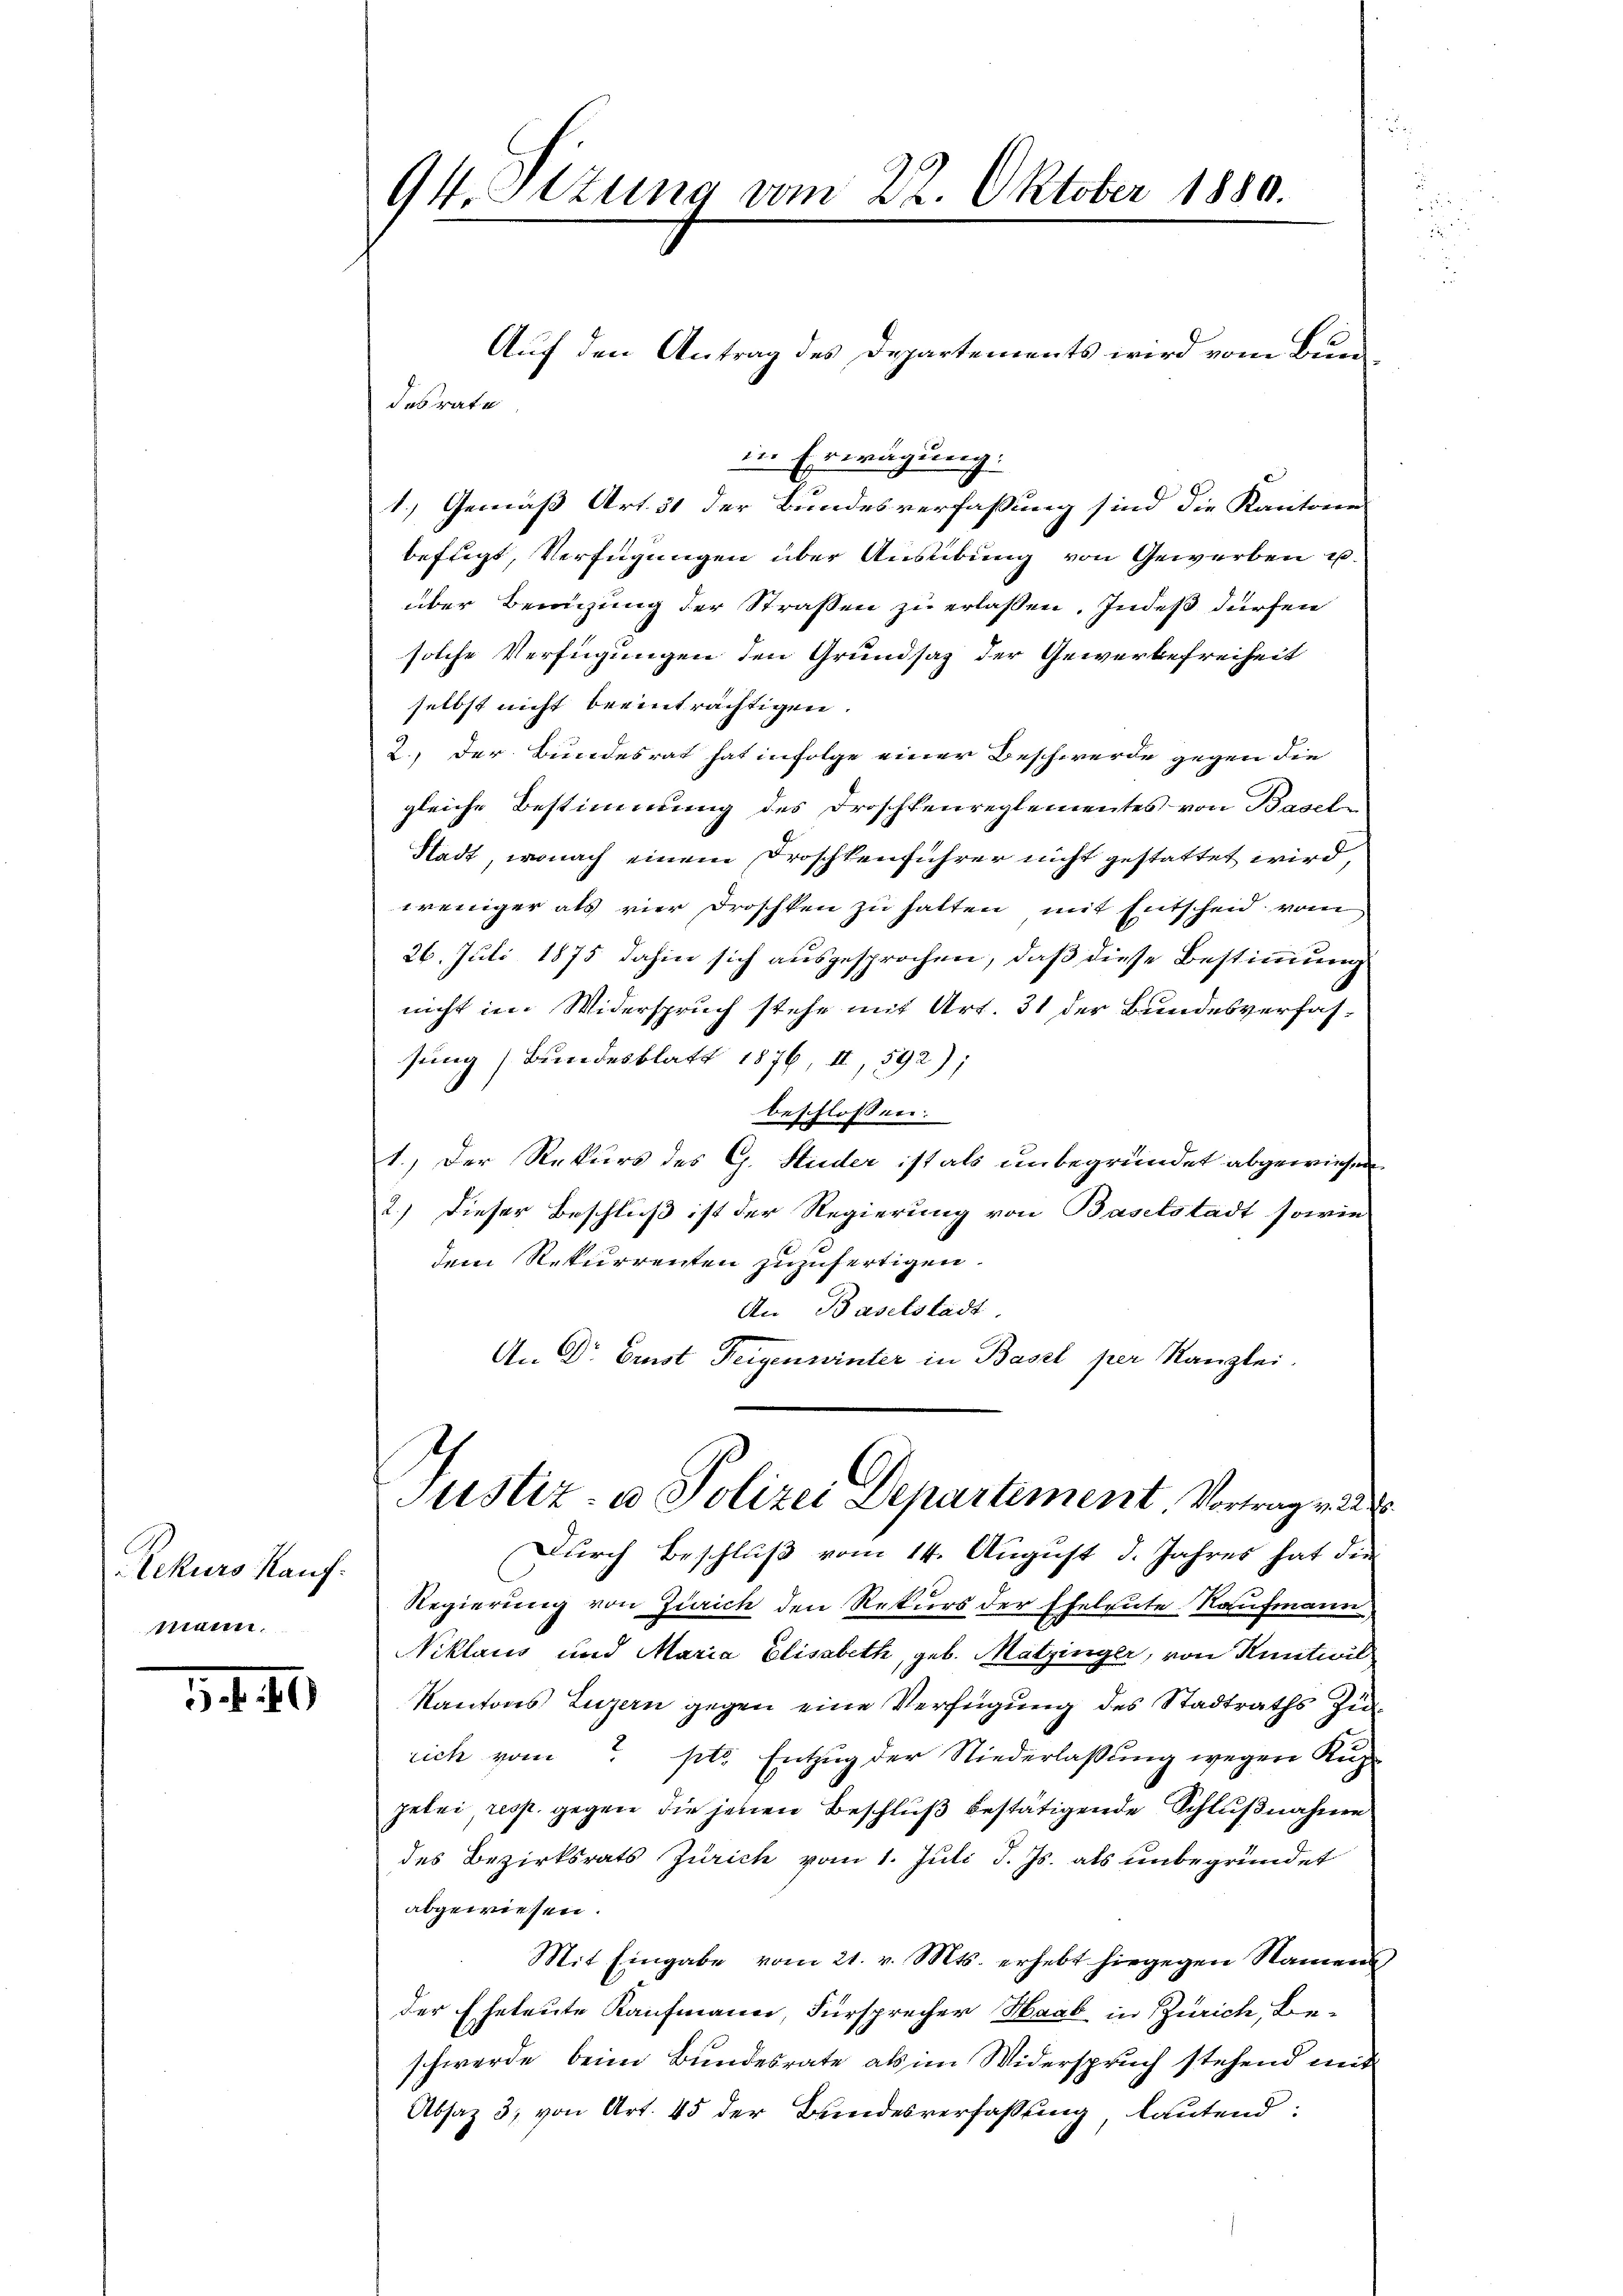
Rekurs Kauf.
nein.

94. Itzung vom 22. Oktober 1880.

desrate

Auf den Antrag des Departements wird vom Bun
in Erwägung.
1.) Gemäß Art. 51 der Bundesverfaßung sind die Kantone
beftigt, Verfügungen über Ausübung von Gewerben u.
über Benuzung der Straßen zu erlassen. Indeß dürfen
solche Verfügungen den Grundsaz der Gewerbefreiheit
selbst nicht beeinträchtigen.
2., der Bundesrat hat infolge einer Beschwerde gegen die
gleiche Bestimmung des Droschkenreglementes von Basel-
Stadt, wonach einem Droschkenführer nicht gestattet wird,
weniger als vier Droschten zu halten mit Entscheid vom
26. Juli 1875 dahin sich ausgesprochen, daß diese Bestimmung
nicht im Widerspruch stehe mit Art. 31 der Bundesverfassung (Bundesblatt 1876 II, 592);
beschlossen:
1.) Der Rekurs des G. Studer ist als unbegründet abgewiesen
2.) Dieser Beschluß ist der Regierung von Baselstadt sowie
dem Rekurrenten zuzufertigen.
An Baselstadt.
An Dr Ernst Teigenwinter in Basel per Kanzlei
.
Justiz- u. Polizei Departement Vortrag muss
Durch Beschluß vom 14. August d. Jahres hat die
Regierung von Zürich den Rekurs der Eheleute Kaufmann
Niklaus und Maria Elisabeth, geb. Matzinger, von Kuntwil
Kantons Luzern gegen eine Verfügung des Stadtraths Zurich vom ptr. Entzug der Niederlassung wegen Kup
gelei, resp. gegen die jenen Beschluß bestätigende Schlußnahme
des Bezirksrats Zürich vom 1. Juli d. Js. als unbegründet
abgewiesen.
Mit Eingabe vom 21. v. Mts. erhebt hiegegen Namens
der Eheleute Kaufmann, Fürsprecher Haab in Zürich, Beschwerde beim Bundesrate als im Widerspruch stehend mit
Absaz 3) von Art. 45 der Bundesverfassung lautend: